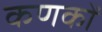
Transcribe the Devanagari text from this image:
कणकों